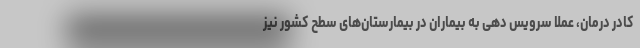
کادر درمان، عملا سرویس دهی به بیماران در بیمارستان‌های سطح کشور نیز